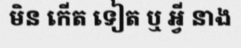
មិន កើត ទៀត ឬ អ្វី នាង